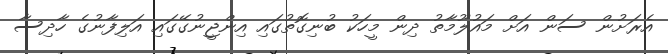
އެރަށުން ސަން އަށް މައުލޫމާތު ދިން މީހަކު ބުނިގޮތުގައި އިންޖީނުގޭގައި އަލިފާނުގެ ހާދިސާ